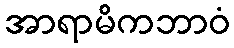
အာရာမိကဘာဝံ